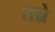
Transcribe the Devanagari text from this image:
तन्ने